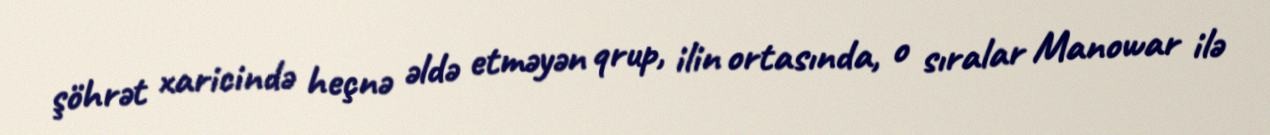
şöhrət xaricində heçnə əldə etməyən qrup, ilin ortasında, o sıralar Manowar ilə